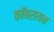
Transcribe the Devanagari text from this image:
कॉबरायन